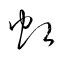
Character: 虹